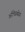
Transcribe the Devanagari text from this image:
अभिप्रयोग